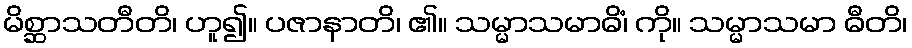
မိစ္ဆာသတီတိ၊ ဟူ၍။ ပဇာနာတိ၊ ၏။ သမ္မာသမာဓိံ၊ ကို။ သမ္မာသမာ ဓီတိ၊